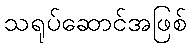
သရုပ်ဆောင်အဖြစ်